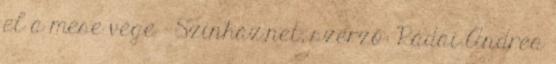
el a mese vége - Színház.net, szerző: Rádai Andrea